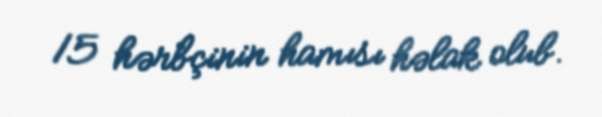
15 hərbçinin hamısı həlak olub.